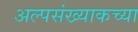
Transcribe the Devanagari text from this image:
अल्पसंख्याकच्या